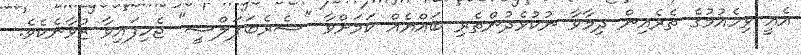
އެއީ ވިހެއުމުގެ ތެރެއިން ދިމާވާ ނުކުޅެދުންތެރި ބައްޔެއް ކަމަށްވާ "ސެރެބަޕަލްސީ" ޖެހިފައިވާ ޒުވާނެކެވެ.